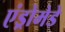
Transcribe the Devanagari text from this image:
एंड्रोमेडे